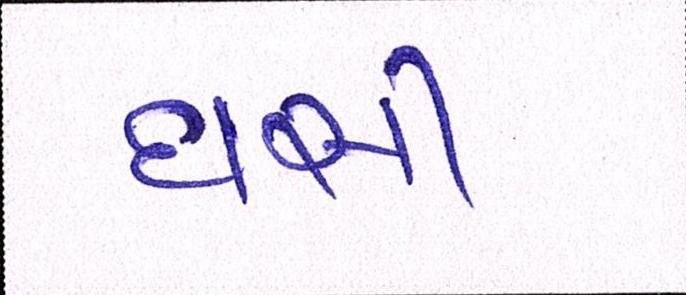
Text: ઘસી